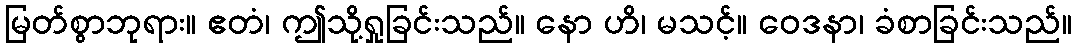
မြတ်စွာဘုရား။ ဧတံ၊ ဤသို့ရှုခြင်းသည်။ နော ဟိ၊ မသင့်။ ဝေဒနာ၊ ခံစာခြင်းသည်။